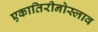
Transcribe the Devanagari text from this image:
एकातिरीनोस्लाव